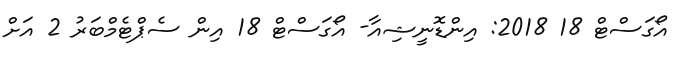
އޯގަސްޓް 18 2018: އިންޑޮނީޝިއާ- އޯގަސްޓް 18 އިން ސެޕްޓެމްބަރު 2 އަށް